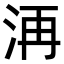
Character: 洅